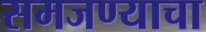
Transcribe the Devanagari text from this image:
समजण्याचा